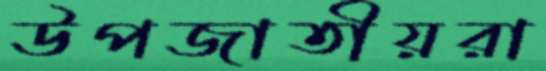
উপজাতীয়রা